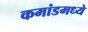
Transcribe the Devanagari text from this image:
कमांडमध्ये